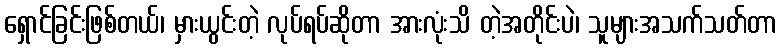
ရှောင်ခြင်းဖြစ်တယ်၊ မှားယွင်းတဲ့ လုပ်ရပ်ဆိုတာ အားလုံးသိ တဲ့အတိုင်းပဲ၊ သူများအသက်သတ်တာ